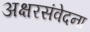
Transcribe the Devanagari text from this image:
अक्षरसंवेदना